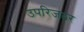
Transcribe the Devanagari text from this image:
उपरिजठर